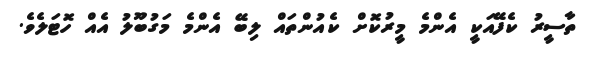
ތާސީރު ކެފޭއަކީ އެންމެ މީރުކޮށް ކެއުންތައް ލިބޭ އެންމެ މަގުބޫލު އެއް ހޮޓަލެވެ.